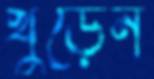
খুঁড়েন